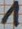
Text: 1